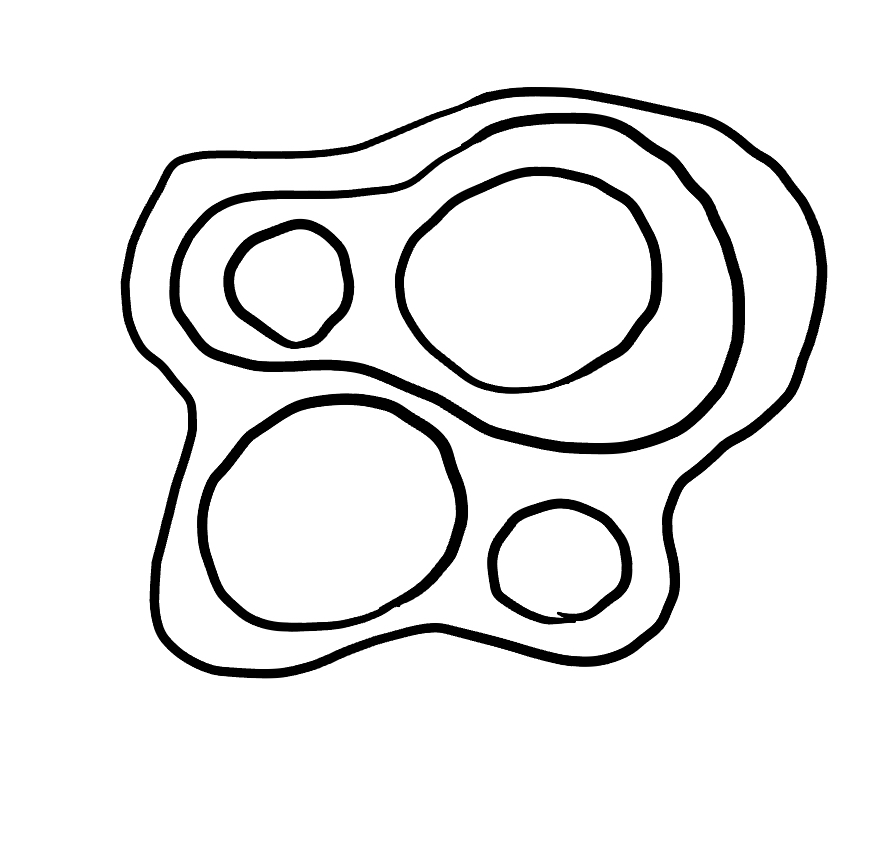
Number of regions (including the outer root region): 7
Containment tree edges (parent, child): 0, 1, 1, 2, 1, 3, 1, 4, 4, 5, 4, 6